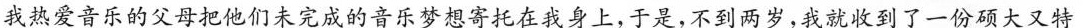
我热爱音乐的父母把他们未完成的音乐梦想寄托在我身上，于是，不到两岁，我就收到了一份硕大又特